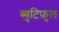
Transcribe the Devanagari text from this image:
ब्युटिफ़ुल